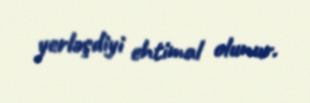
yerləşdiyi ehtimal olunur.